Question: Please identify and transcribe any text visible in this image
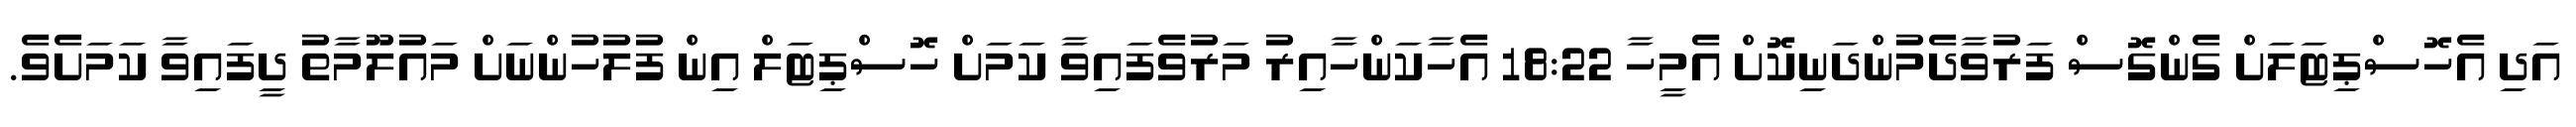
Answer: އަދި އެހޮސްޕިޓަލަށް ގެންގޮސް ފަރުވާދެމުންދަނިކޮށް އެމީހާ 18:22 އެހާކަންހާއިރު މަރުވެފައިވާ ކަމަށް ހޮސްޕިޓަލް އިން ފުލުހުންނަށް މައުލޫމާތު ދީފައިވާ ކަމަށެވެ.